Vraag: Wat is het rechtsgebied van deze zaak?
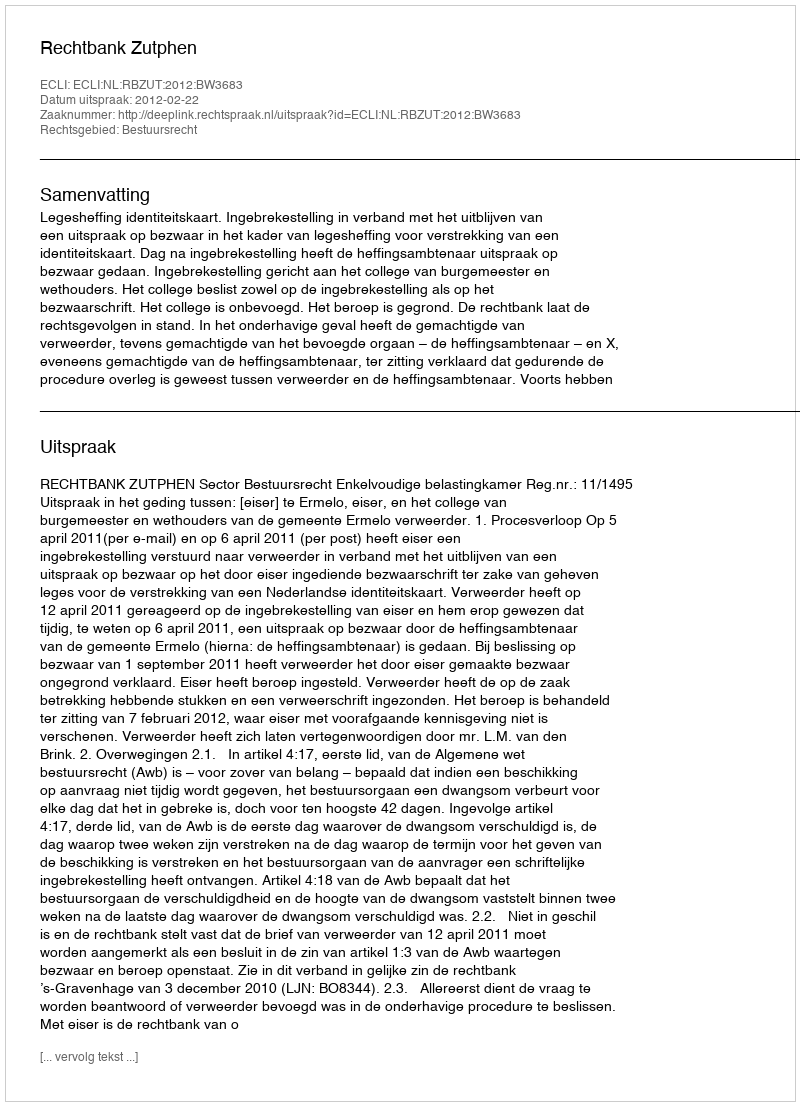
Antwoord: Bestuursrecht